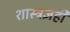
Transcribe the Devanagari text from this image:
शास्त्रज्ञही